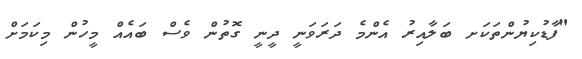
"ފާޑުކިޔުންތަކަށ ބަލާއިރު އެންމެ ދަރަވަނީ ދީނީ ގޮތުން ވެސް ބައެއް މީހުން މިކަމަށް